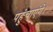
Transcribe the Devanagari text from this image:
पहुंचाएंगे।